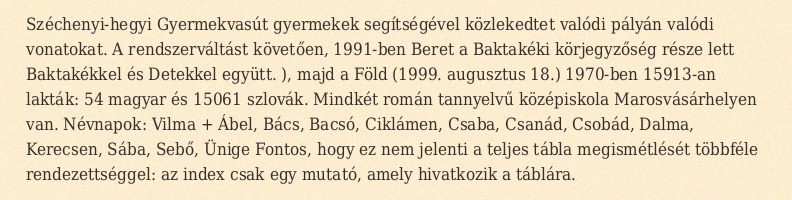
Széchenyi-hegyi Gyermekvasút gyermekek segítségével közlekedtet valódi pályán valódi vonatokat. A rendszerváltást követően, 1991-ben Beret a Baktakéki körjegyzőség része lett Baktakékkel és Detekkel együtt. ), majd a Föld (1999. augusztus 18.) 1970-ben 15913-an lakták: 54 magyar és 15061 szlovák. Mindkét román tannyelvű középiskola Marosvásárhelyen van. Névnapok: Vilma + Ábel, Bács, Bacsó, Ciklámen, Csaba, Csanád, Csobád, Dalma, Kerecsen, Sába, Sebő, Ünige Fontos, hogy ez nem jelenti a teljes tábla megismétlését többféle rendezettséggel: az index csak egy mutató, amely hivatkozik a táblára.